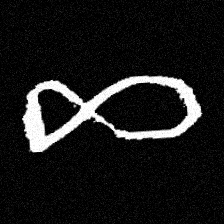
Pyu character \u2014 Myanmar letter: ဆ (romanized: cha)